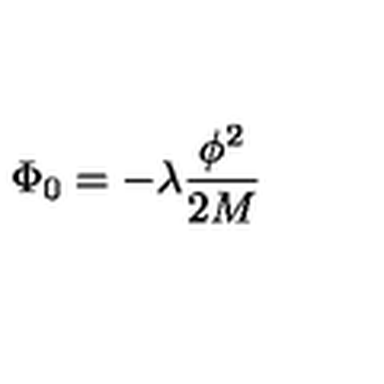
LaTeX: \Phi _ { 0 } = - \lambda \frac { \phi ^ { 2 } } { 2 M }